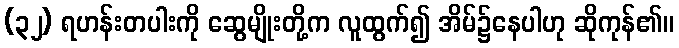
(၃၂) ရဟန်းတပါးကို ဆွေမျိုးတို့က လူထွက်၍ အိမ်၌နေပါဟု ဆိုကုန်၏။